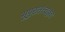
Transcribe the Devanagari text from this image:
भूपुरातत्त्वज्ञच